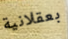
بعقلانية